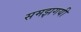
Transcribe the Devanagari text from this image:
समझगयी